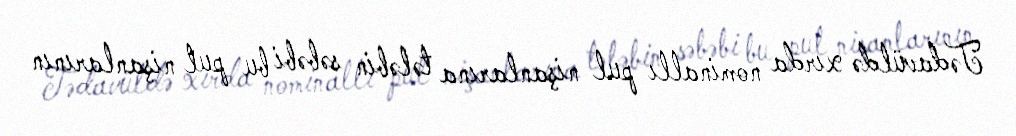
Tədavüldə xırda nominallı pul nişanlarına tələbin səbəbi bu pul nişanlarının